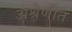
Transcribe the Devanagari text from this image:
अश्रेणीत